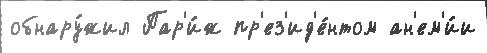
обнару́жил Пар'и́ж пр'ез'ид'е́нтом ан'ем'и́и